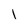
Character: l